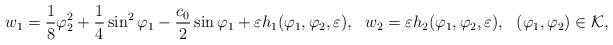
LaTeX: \begin{align*}w_1=\frac{1}{8}{\varphi_2^2 + \frac{1}{4}\sin^2\varphi_1-\frac{c_0}{2}\sin\varphi_1}+\varepsilon h_1(\varphi_1,\varphi_2,\varepsilon),\ \ w_2=\varepsilon h_2(\varphi_1,\varphi_2,\varepsilon),\ \ (\varphi_1,\varphi_2)\in\mathcal{K},\end{align*}